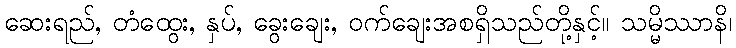
ဆေးရည်, တံထွေး, နှပ်, ခွေးချေး, ဝက်ချေးအစရှိသည်တို့နှင့်။ သမ္မိဿာနိ၊